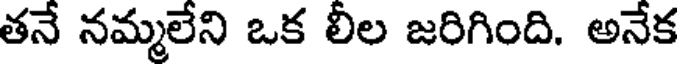
తనే నమ్మలేని ఒక లీల జరిగింది. అనేక